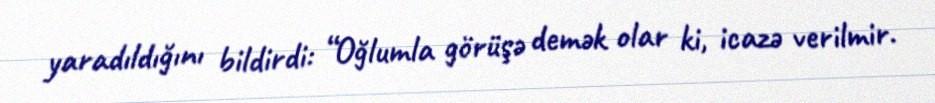
yaradıldığını bildirdi: “Oğlumla görüşə demək olar ki, icazə verilmir.